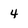
Character: 4